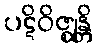
ပဋိဝိဇ္ဈန္တိ